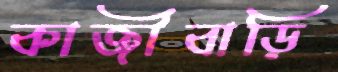
কাজীবাড়ি